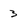
Character: 3